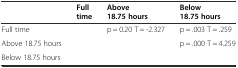
<table><thead><tr><td></td><td><b>Full time</b></td><td><b>Above 18.75 hours</b></td><td><b>Below 18.75 hours</b></td></tr></thead><tbody><tr><td>Full time</td><td></td><td>p = 0.20 T = -2.327</td><td>p = .003 T = .259</td></tr><tr><td>Above 18.75 hours</td><td></td><td></td><td>p = .000 T = 4.259</td></tr><tr><td>Below 18.75 hours</td><td></td><td></td><td></td></tr></tbody></table>